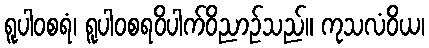
ရူပါဝစရံ၊ ရူပါဝစရဝိပါက်ဝိညာဉ်သည်။ ကုသလံဝိယ၊